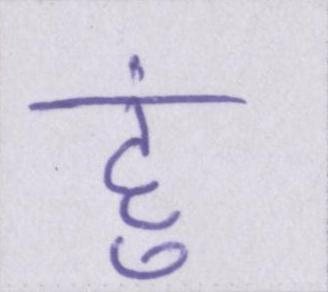
हु